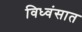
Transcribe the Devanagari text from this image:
विध्वंसात